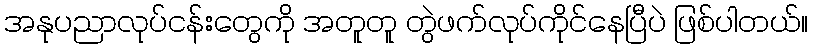
အနုပညာလုပ်ငန်းတွေကို အတူတူ တွဲဖက်လုပ်ကိုင်နေပြီပဲ ဖြစ်ပါတယ်။